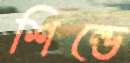
শিল্ডে